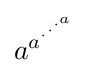
a^{a^{\cdot ^{\cdot ^{\cdot ^{a}}}}}